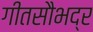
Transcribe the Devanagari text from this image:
गीतसौभद्र